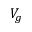
V _ { g }